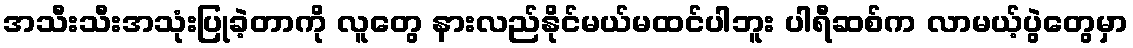
အသီးသီးအသုံးပြုခဲ့တာကို လူတွေ နားလည်နိုင်မယ်မထင်ပါဘူး ပါရီဆစ်က လာမယ့်ပွဲတွေမှာ